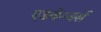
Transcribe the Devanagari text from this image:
एडवेन्चर्स